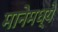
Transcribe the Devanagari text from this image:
मानेमध्ये